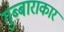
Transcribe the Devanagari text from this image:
गुब्बाराकार